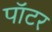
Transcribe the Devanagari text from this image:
पाॅटर